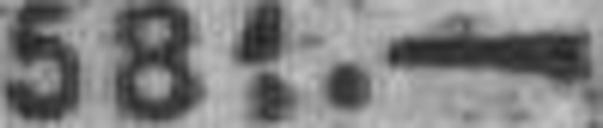
581.—